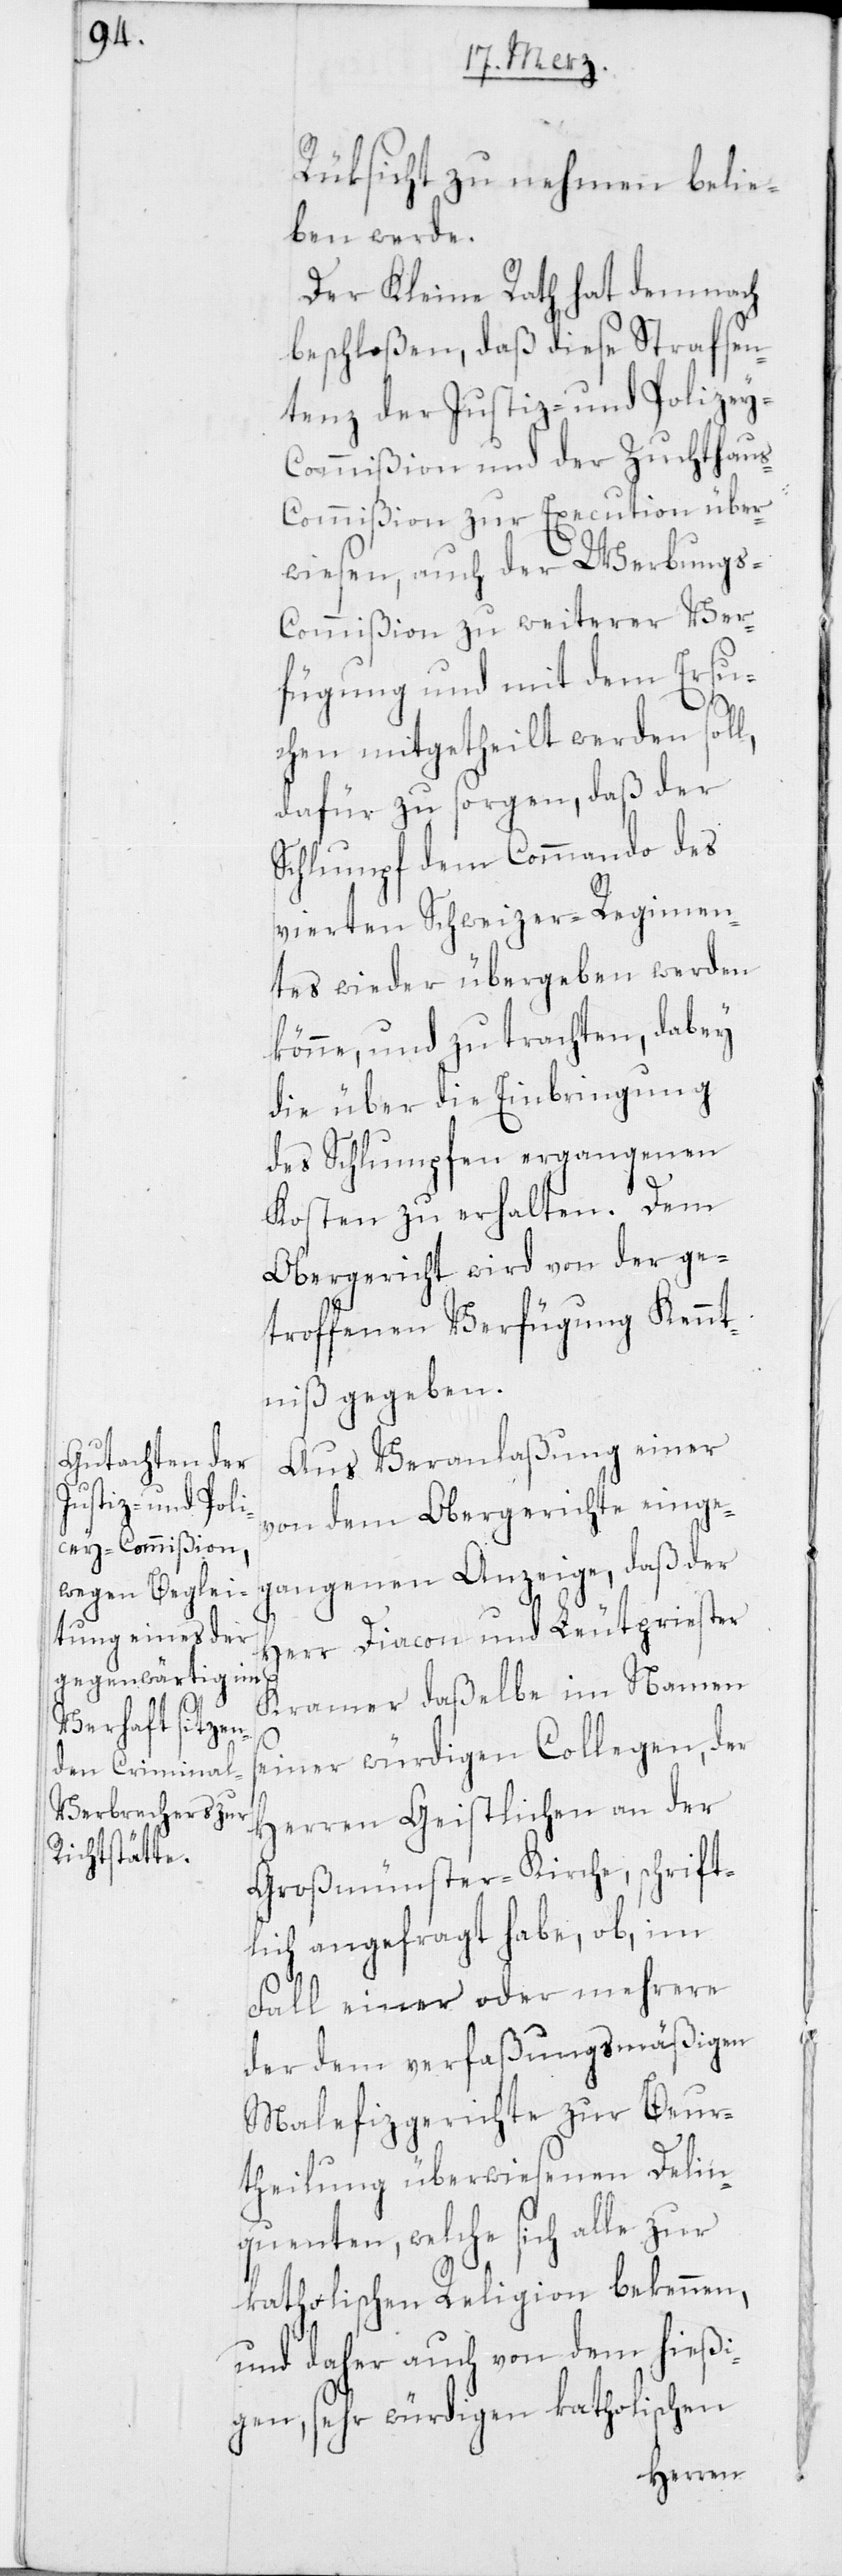
Rüksicht zu nehmen belie¬
ben werde.
Der Kleine Rath hat demnach
beschloßen, daß diese Strafsen¬
tenz der Justiz- und Polizey-C¬
ommißion und der Zuchthau¬
s-Commißion zur Execution über¬
wiesen, auch der Werbungs-C¬
ommißion zu weiterer Ver¬
fügung und mit dem Ersu¬
chen mitgetheilt werden soll,
dafür zu sorgen, daß der
Schlumpf dem Commando des
vierten Schweizer-Regimen¬
tes wieder übergeben werden
könne, und zu trachten, dabey
die über die Einbringung
des Schlumpfen ergangenen
Kosten zu erhalten. Dem
Obergericht wird von der ge¬
troffenen Verfügung Kennt¬
niß gegeben.
Aus Veranlaßung einer
von dem Obergerichte einge¬
gangenen Anzeige, daß der
Herr Diacon und Leutpriester
Kramer daßelbe im Namen
seiner würdigen Collegen, der
Herren Geistlichen an der
Großmünster-Kirche, schrift¬
lich angefragt habe, ob, im
Fall einer oder mehrere
der dem verfaßungsmäßigen
Malefizgerichte zur Beur¬
theilung überwiesenen Delin¬
quenten, welche sich alle zur
katholischen Religion bekennen,
und daher auch von dem hießi¬
gen, sehr würdigen katholischen